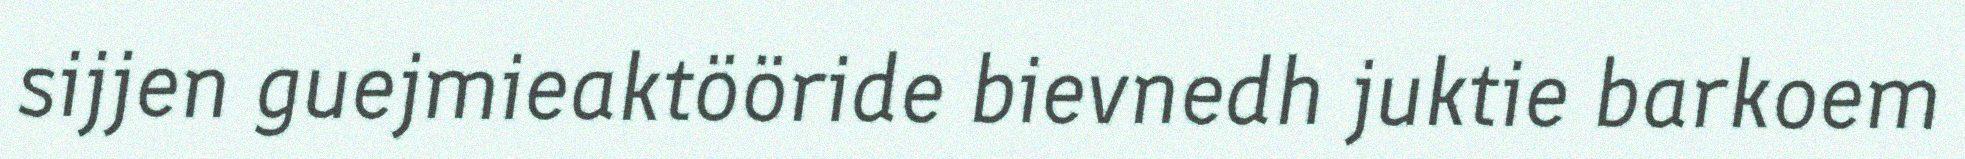
sijjen guejmieaktööride bievnedh juktie barkoem